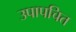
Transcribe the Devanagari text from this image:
उपापचित